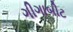
ગીગાબીટ